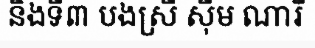
និងទី៣ បងស្រី ស៊ីម ណារី